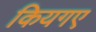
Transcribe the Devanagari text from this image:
कियगए